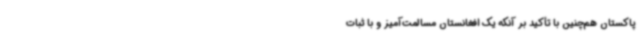
پاکستان هم‌چنین با تأکید بر آنکه یک افغانستان مسالمت‌آمیز و با ثبات